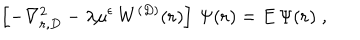
\left[ - \nabla _ { { \bf r } , { D } } ^ { 2 } - \lambda \mu ^ { \epsilon } \, W ^ { ( { D } ) } ( { \bf r } ) \right] \, \Psi ( { \bf r } ) = E \, \Psi ( { \bf r } ) \; ,